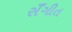
સઁગીત